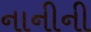
નાનીની